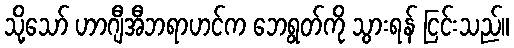
သို့သော် ဟာဂျီအီဘရာဟင်က ဘေရွတ်ကို သွားရန် ငြင်းသည်။